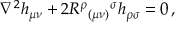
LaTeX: \nabla ^ { 2 } h _ { \mu \nu } + 2 R ^ { \rho } { } _ { ( \mu \nu ) } { } ^ { \sigma } h _ { \rho \sigma } = 0 \, ,